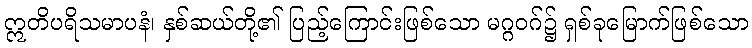
ဣတိပရိသမာပနံ၊ နှစ်ဆယ်တို့၏ ပြည့်ကြောင်းဖြစ်သော မဂ္ဂဝဂ်၌ ရှစ်ခုမြောက်ဖြစ်သော